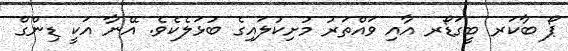
ޕޯ ބާކަރ ބީގަޑޯރ އާއި ވައްތަރު މުށިކުލައިގެ ބުޅަލެކެވެ. އޭނާ އަކީ ޑިންގް